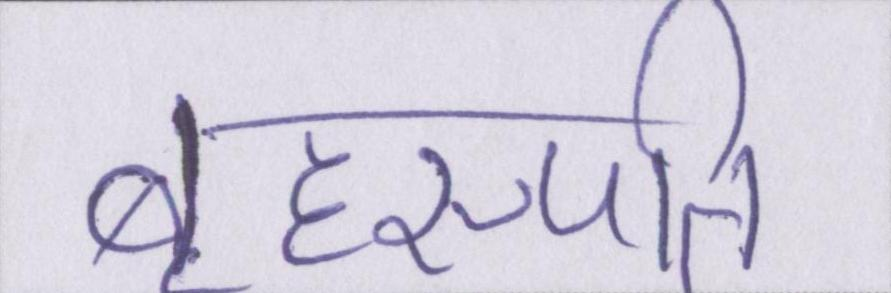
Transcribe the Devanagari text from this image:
बृहस्पति